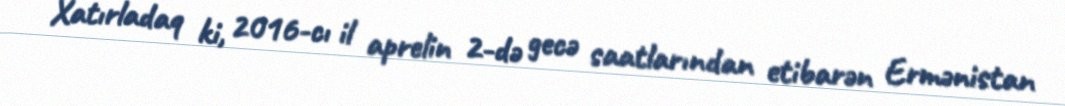
Xatırladaq ki, 2016-cı il aprelin 2-də gecə saatlarından etibarən Ermənistan